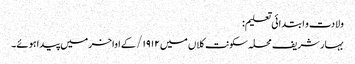
ولادت و ابتدائی تعلیم:
بہار شریف محلہ سکونت کلاں میں ۱۹۱۲/ کے اواخر میں پیدا ہوئے۔